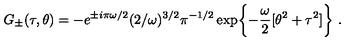
G _ { \pm } ( \tau , \theta ) = - e ^ { \pm i \pi \omega / 2 } ( 2 / \omega ) ^ { 3 / 2 } \pi ^ { - 1 / 2 } \exp \biggl \{ - \frac { \omega } { 2 } [ \theta ^ { 2 } + \tau ^ { 2 } ] \biggr \} \ .